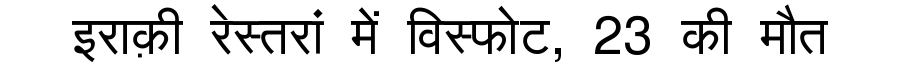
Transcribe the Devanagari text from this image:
इराक़ी रेस्तरां में विस्फोट, 23 की मौत